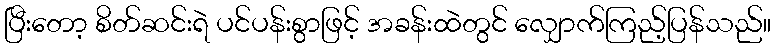
ပြီးတော့ စိတ်ဆင်းရဲ ပင်ပန်းစွာဖြင့် အခန်းထဲတွင် လျှောက်ကြည့်ပြန်သည်။